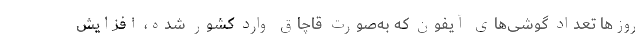
روزها تعداد گوشی‌های آیفون که به‌صورت قاچاق وارد کشور شده، افزایش